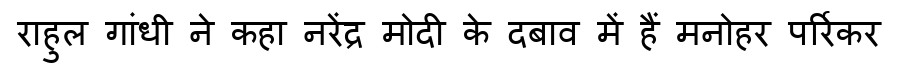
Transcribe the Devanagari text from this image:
राहुल गांधी ने कहा नरेंद्र मोदी के दबाव में हैं मनोहर पर्रिकर